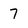
Character: 7